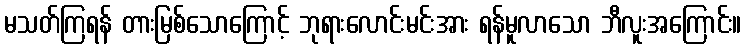
မသတ်ကြရန် တားမြစ်သောကြောင့် ဘုရားလောင်းမင်းအား ရန်မူလာသော ဘီလူးအကြောင်း။